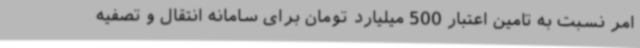
امر نسبت به تامین اعتبار 500 میلیارد تومان برای سامانه انتقال و تصفیه